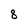
Character: 8